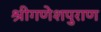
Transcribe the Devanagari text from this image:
श्रीगणेशपुराण